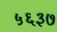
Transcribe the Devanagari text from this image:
५६३७